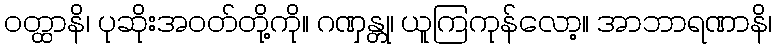
ဝတ္ထာနိ၊ ပုဆိုးအဝတ်တို့ကို။ ဂဏှန္တု၊ ယူကြကုန်လော့။ အာဘာရဏာနိ၊